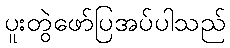
ပူးတွဲဖော်ပြအပ်ပါသည်